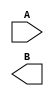
`timescale 1ns / 1ps
//////////////////////////////////////////////////////////////////////////////////
// Company: 
// Engineer: 
// 
// Design Name: 
// Module Name:    testme 
// Project Name: 
// Target Devices: 
// Tool versions: 
// Description: 
//
// Dependencies: 
//
// Revision: 
// Revision 0.01 - File Created
// Additional Comments: 
//
//////////////////////////////////////////////////////////////////////////////////
module testme(input A,
		output B
    );


endmodule